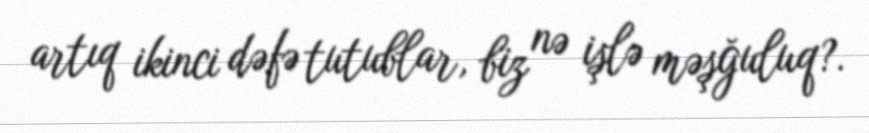
artıq ikinci dəfə tutublar, biz nə işlə məşğuluq?.